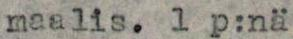
maalis. 1 p:nä